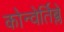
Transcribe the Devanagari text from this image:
कोन्वेर्तिब्ले